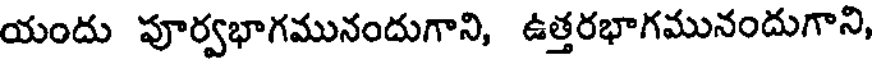
యందు పూర్వభాగమునందుగాని, ఉత్తరభాగమునందుగాని,